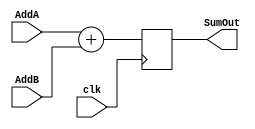
module adder32(
  
  input clk, 
  input [31:0] AddA,
  input [31:0] AddB,
  
  output reg [31:0] SumOut
);
  
  always @(posedge clk) begin      
		
	 SumOut <= AddA + AddB;
  end

endmodule